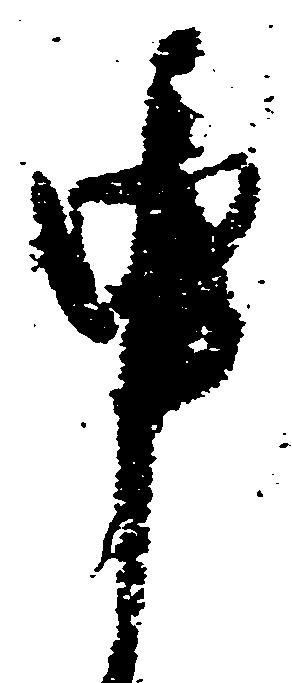
申